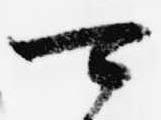
可